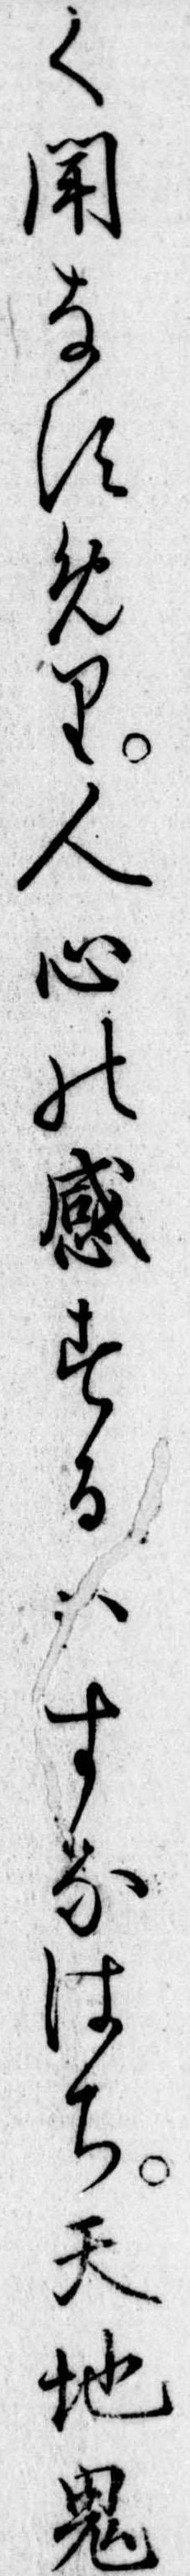
く聞なすめり人心の感するはすなはち天地鬼